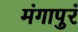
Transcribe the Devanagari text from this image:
मंगापुरं